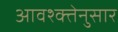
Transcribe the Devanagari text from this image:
आवश्क्तेनुसार